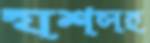
যশসহ